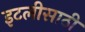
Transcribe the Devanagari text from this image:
इटलीसाठी